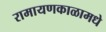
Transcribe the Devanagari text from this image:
रामायणकाळामधे